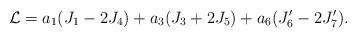
LaTeX: \begin{align*}{\cal L} = a_1 ( J_1 - 2 J_4 )+ a_3 ( J_3 + 2 J_5 )+ a_6 ( J'_6 -2 J'_7 ).\end{align*}